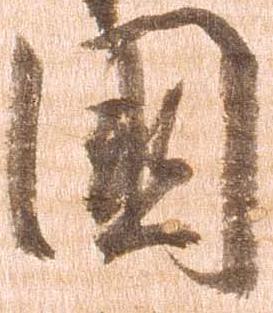
国